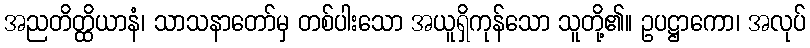
အညတိတ္ထိယာနံ၊ သာသနာတော်မှ တစ်ပါးသော အယူရှိကုန်သော သူတို့၏။ ဥပဋ္ဌာကော၊ အလုပ်